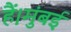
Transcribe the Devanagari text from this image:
हैं।मुंबई